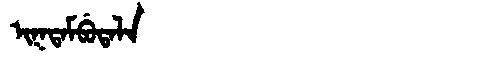
Manchu: ᡳᡴᡨᠠᠮᠪᡠᡨᠠᠯᠠ
Romanization: IKTAMBUTALA